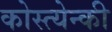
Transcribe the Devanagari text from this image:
कोस्त्येन्की